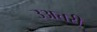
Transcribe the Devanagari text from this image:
उअत्तरी